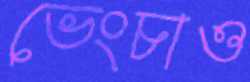
ভেংচাও